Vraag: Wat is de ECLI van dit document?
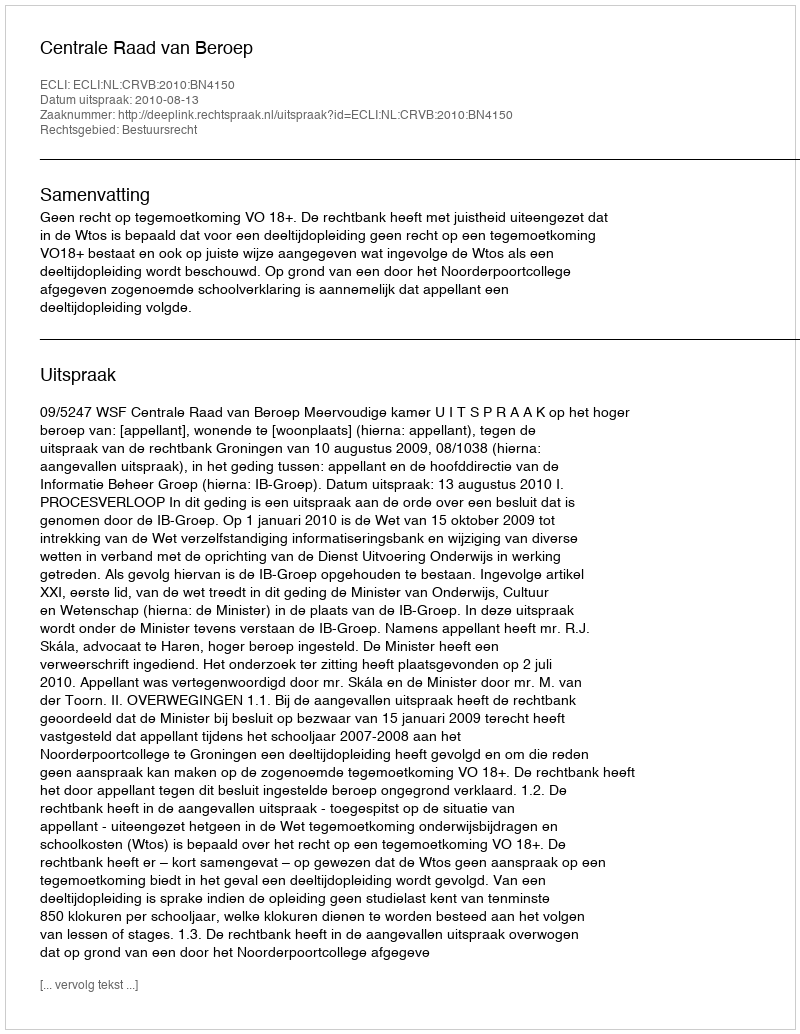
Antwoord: ECLI:NL:CRVB:2010:BN4150